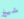
شيخ